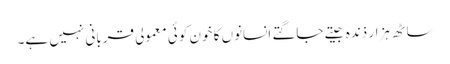
ساٹھ ہزار ذندہ جیتے جاگتے انسانوں کا خون کوئی معمولی قربانی نہیں ہے۔